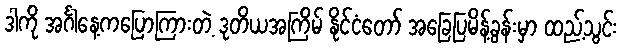
ဒါကို အင်္ဂါနေ့ကပြောကြားတဲ့ ဒုတိယအကြိမ် နိုင်ငံတော် အခြေပြမိန့်ခွန်းမှာ ထည့်သွင်း